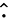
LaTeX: \widehat{\cdot}